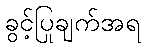
ခွင့်ပြုချက်အရ